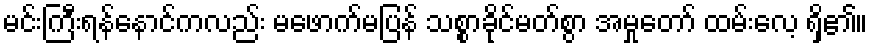
မင်းကြီးရန်နောင်ကလည်း မဖောက်မပြန် သစ္စာခိုင်မတ်စွာ အမှုတော် ထမ်းလေ့ ရှိ၏။